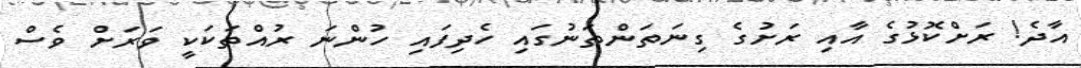
އާދެ! ރަށްކޮޅުގެ އާއި ރަށުގެ ގިނަތަންތަނުގައި ހެދިފައި ހުންނަ ރުއްތަކަކީ ވަރަށް ވެސް